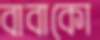
বাবাকো